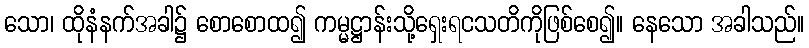
သော၊ ထိုနံနက်အခါ၌ စောစောထ၍ ကမ္မဋ္ဌာန်းသို့ရှေးရငသတိကိုဖြစ်စေ၍။ နေသော အခါသည်။